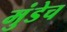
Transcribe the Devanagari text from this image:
मुंडेच